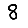
Digit: 8